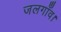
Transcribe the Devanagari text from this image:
जलगाँव।